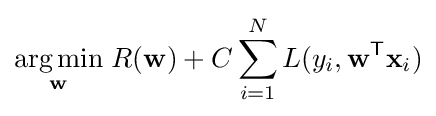
{\underset {\mathbf {w} }{\arg \min }}\;R(\mathbf {w} )+C\sum _{i=1}^{N}L(y_{i},\mathbf {w} ^{\mathsf {T}}\mathbf {x} _{i})